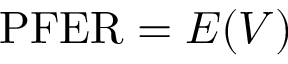
\mathrm { P F E R } = E ( V )